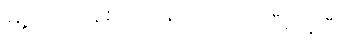
မြို့တော်ဝန်စာပါလျှင် အားလုံးပြီးနေပြီ။